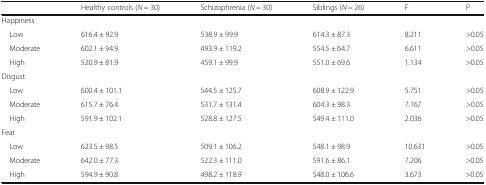
<table><thead><tr><td></td><td><b>Healthy controls (<i>N</i> = 30)</b></td><td><b>Schizophrenia (<i>N</i> = 30)</b></td><td><b>Siblings (<i>N</i> = 26)</b></td><td><b>F</b></td><td><b>P</b></td></tr></thead><tbody><tr><td colspan="6">Happiness</td></tr><tr><td> Low</td><td>616.4 ± 92.9</td><td>538.9 ± 99.9</td><td>614.3 ± 87.3</td><td>8.211</td><td>&gt;0.05</td></tr><tr><td> Moderate</td><td>602.1 ± 94.9</td><td>493.9 ± 119.2</td><td>554.5 ± 64.7</td><td>6.611</td><td>&gt;0.05</td></tr><tr><td> High</td><td>520.9 ± 81.9</td><td>459.1 ± 99.9</td><td>551.0 ± 69.6</td><td>1.134</td><td>&gt;0.05</td></tr><tr><td colspan="6">Disgust</td></tr><tr><td> Low</td><td>600.4 ± 101.1</td><td>544.5 ± 125.7</td><td>608.9 ± 122.9</td><td>5.751</td><td>&gt;0.05</td></tr><tr><td> Moderate</td><td>615.7 ± 76.4</td><td>531.7 ± 131.4</td><td>604.3 ± 98.3</td><td>7.167</td><td>&gt;0.05</td></tr><tr><td> High</td><td>591.9 ± 102.1</td><td>528.8 ± 127.5</td><td>549.4 ± 111.0</td><td>2.036</td><td>&gt;0.05</td></tr><tr><td colspan="6">Fear</td></tr><tr><td> Low</td><td>623.5 ± 98.5</td><td>509.1 ± 106.2</td><td>548.1 ± 98.9</td><td>10.631</td><td>&gt;0.05</td></tr><tr><td> Moderate</td><td>642.0 ± 77.3</td><td>522.3 ± 111.0</td><td>591.6 ± 86.1</td><td>7.206</td><td>&gt;0.05</td></tr><tr><td> High</td><td>594.9 ± 90.8</td><td>498.2 ± 118.9</td><td>548.0 ± 106.6</td><td>3.673</td><td>&gt;0.05</td></tr></tbody></table>